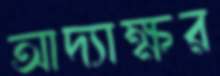
আদ্যাক্ষর